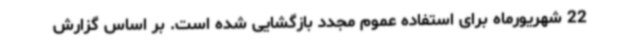
22 شهریورماه برای استفاده عموم مجدد بازگشایی شده است. بر اساس گزارش